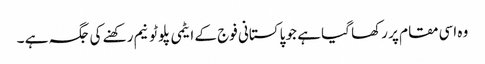
وہ اسی مقام پر رکھا گیا ہے جو پاکستانی فوج کے ایٹمی پلوٹونیم رکھنے کی جگہ ہے ۔